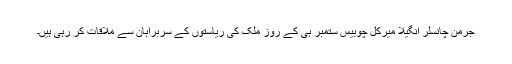
جرمن چانسلر انگيلا ميرکل چوبيس ستمبر ہی کے روز ملک کی رياستوں کے سربراہان سے ملاقات کر رہی ہيں۔